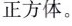
正方体。